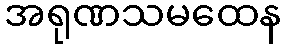
အရုဏသမထေန